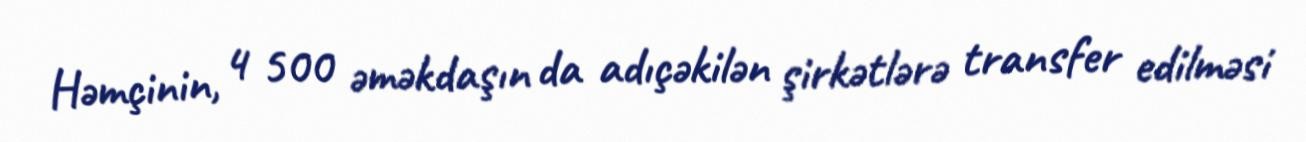
Həmçinin, 4 500 əməkdaşın da adıçəkilən şirkətlərə transfer edilməsi